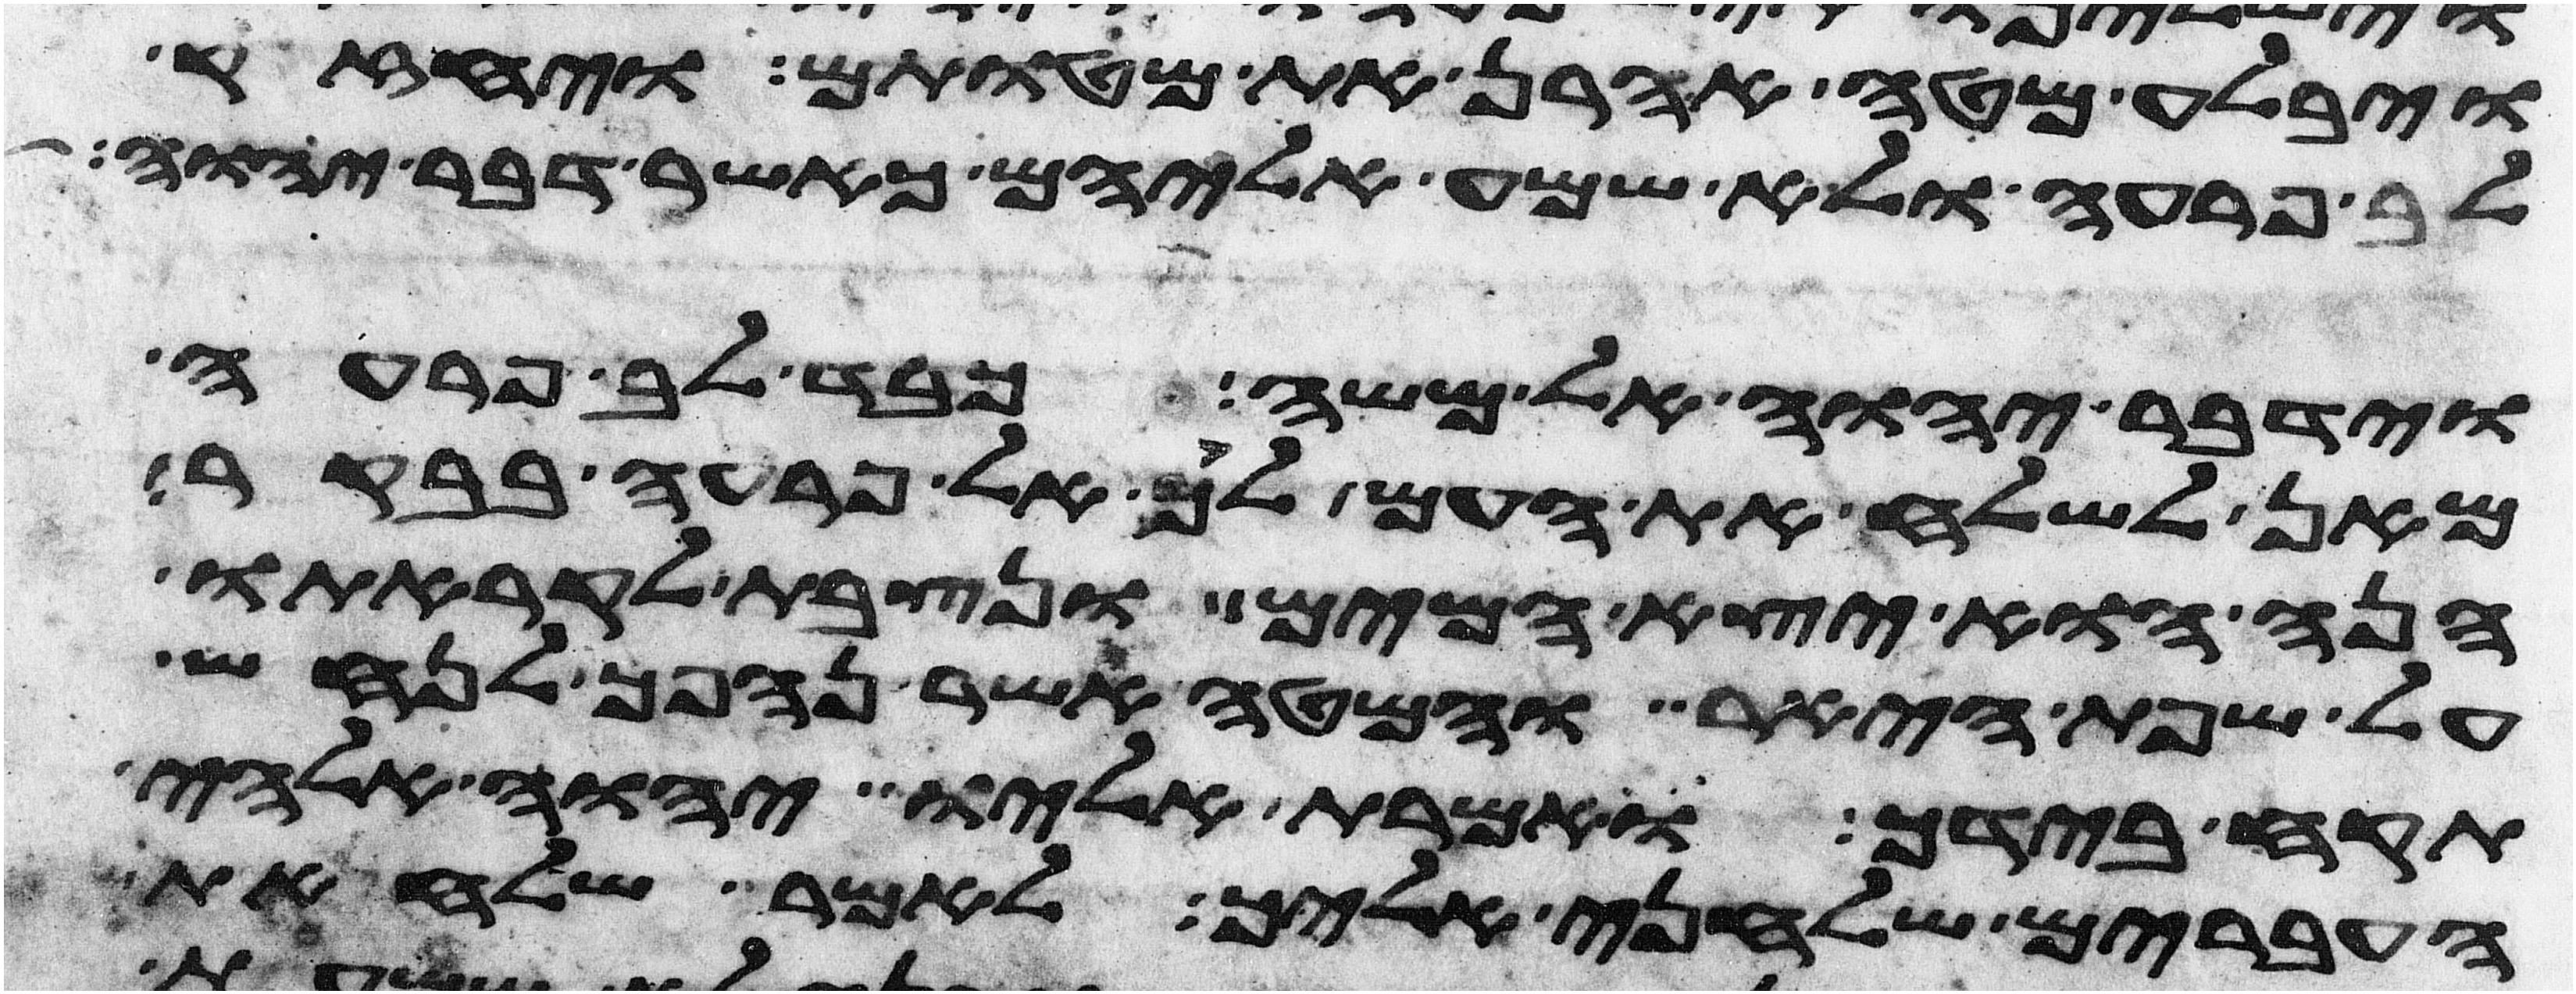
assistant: ויבלע מטה אהרן את מטותם ויחזק
לב פרעה ולא שמע אליהם כאשר דבר יהוה
וידבר יהוה אל משה כבד לב פרעה
מאן לשלח את העם לך אל פרעה בבקר
הנה הוא יצא המים ונצבת לקראתו
על שפת היאר והמטה אשר נהפך לנחש
תקח בידך ואמרת אליו יהוה אלהי
העברים שלחני אליך לאמר שלח את